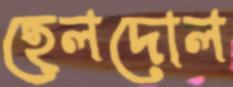
হেলদোল